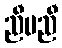
ညီမညီ